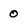
Character: 0